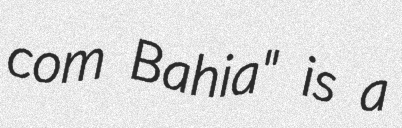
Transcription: com Bahia" is a